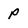
Character: P